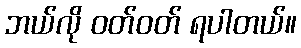
ဘယ်လို ဝတ်ဝတ် ရပါတယ်။